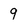
Character: 9